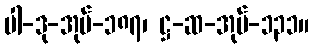
ပါ-ဒု-အုပ်-၁၈၇၊ ဋ္ဌ-ဆ-အုပ်-၁၃၁။